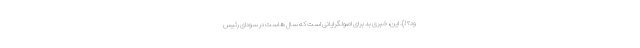
ود؟!). این، خبری بد برای اصولگرایانی است که سال هاست در سودای رئیس